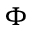
\Phi